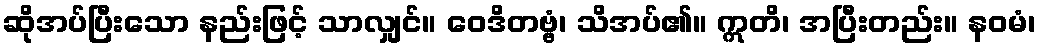
ဆိုအပ်ပြီးသော နည်းဖြင့် သာလျှင်။ ဝေဒိတဗ္ဗံ၊ သိအပ်၏။ ဣတိ၊ အပြီးတည်း။ နဝမံ၊